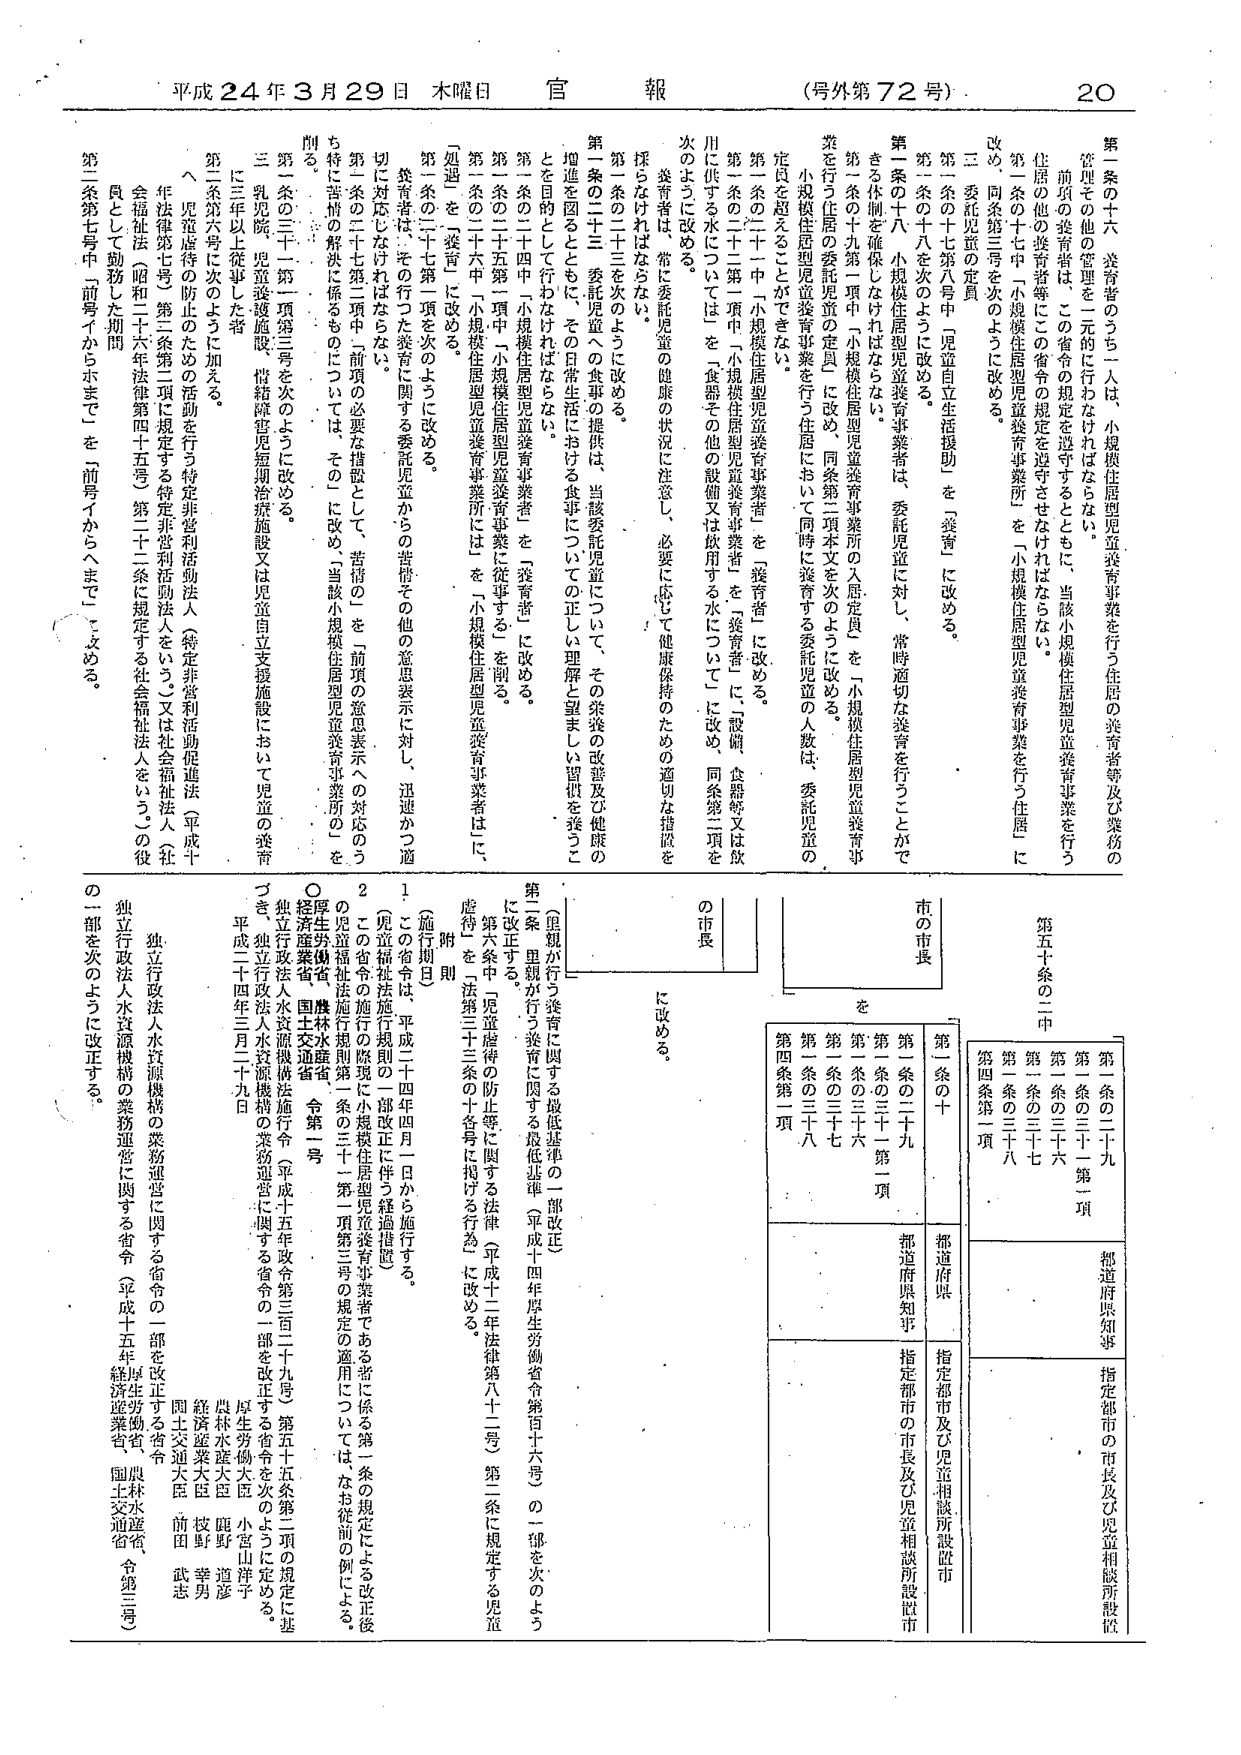
平成24年3月29日 木曜日 官報 （号外第72号） 20

第1条の十六 養育者のうち一人は、小規模住居型児童養育事業を行う住居の養育者等及び業務の管理その他の管理を一元的に行わなければならない。

前項の養育者は、この省令の規定を遵守するとともに、当該小規模住居型児童養育事業を行う住居の他の養育者等にこの省令の規定を遵守させなければならない。

第1条の十七中「小規模住居型児童養育事業所」を「小規模住居型児童養育事業を行う住居」に改め、同条第三号を次のように改める。

三 委託児童の定員

第一条の十七第八号中「児童自立生活援助」を「養育」に改める。

第一条の十八を次のように改める。

第一条の十八 小規模住居型児童養育事業者は、委託児童に対し、常時適切な養育を行うことがで きる体制を確保しなければならない。

第一条の十九第一項中「小規模住居型児童養育事業所の入居定員」を「小規模住居型児童養育事 業を行う住居の委託児童の定員」に改め、同条第二項本文を次のように改める。

小規模住居型児童養育事業を行う住居において同時に養育する委託児童の人数は、委託児童の 定員を超えることができない。

第一条の二十中「小規模住居型児童養育事業者」を「養育者」に改める。

第一条の二十一中「小規模住居型児童養育事業者」を「養育者」に、「設備、食器等又は飲 用に供する水について」を「食器その他の設備又は飲用する水について」に改め、同条第二項を 次のように改める。

養育者は、常に委託児童の健康の状況に注意し、必要に応じて健康保持のための適切な措置を 採らなければならない。

第一条の二十三を次のように改める。

第一条の二十三 委託児童への食事の提供は、当該委託児童について、その栄養の改善及び健康の 増進を図るとともに、その日常生活における食事についての正しい理解と望ましい習慣を養うこ とを目的として行わなければならない。

第一条の二十四中「小規模住居型児童養育事業者」を「養育者」に改める。

第一条の二十五第一項中「小規模住居型児童養育事業に従事する」を削る。

第一条の二十六中「小規模住居型児童養育事業所には」を「小規模住居型児童養育事業者は、に」 改める。

第一条の二十七第一項を次のように改める。

養育者は、その行った養育に関する委託児童からの苦情その他の意思表示に対し、迅速かつ適 切に対応しなければならない。

第七条の二十七第三項中「前項の必要な措置として、苦情の」を「前項の意思表示への対応のう ち特に苦情の解決に係るものについては、その」に改め、「当該小規模住居型児童養育事業所の」を 削る。

第一条の三十第一項第三号を次のように改める。

三 乳児院、児童養護施設、情緒障害児短期治療施設又は児童自立支援施設において児童の養育 に三年以上従事した者

第二条第六号に次のように加える。

ヘ 児童虐待等の防止のための活動を行う特定非営利活動法人（特定非営利活動促進法（平成十 一年法律第7号）第二条第二項に規定する特定非営利活動法人をいう。）又は社会福祉法人（社 会福祉法（昭和二十六年法律第四十五号）第二十二条に規定する社会福祉法人をいう。）の役 員として勤務した期間

第三条第七号中「前号イからホまで」を「前号イからヘまで」に改める。

第五十条の二中

市 の 市 長

を

第1条の二十  都道府県  指定都市の市長及び児童相談所設置市
第1条の二十九  都道府県知事  指定都市の市長及び児童相談所設置市
第1条の三十一第一項  第1条の三十六  第1条の三十七  第1条の三十八  第四条第一項

（里親が行う養育に関する最低基準の一部改正）

第二条 里親が行う養育に関する最低基準（平成十四年厚生労働省令第百十六号）の一部を次のよう に改正する。

第六条中「児童虐待の防止等に関する法律（平成十二年法律第八十二号）第二条に規定する児童 虐待」を「法第三十三条の十号を指摘する行為」に改める。

（施行期日）

1 この省令は、平成二十四年四月一日から施行する。

2 この省令の施行の際現に小規模住居型児童養育事業者である者に係る第一条の規定による改正後 の児童福祉法施行規則第一条の三十一第一項第三号の規定の適用については、なお従前の例による。

○経済産業省、農林水産省、令第二号

厚生労働省、農林水産省、令第二号

独立行政法人水資源機構法施行令（平成十五年政令第三百二十九号）第五十五条第二項の規定に基 づき、独立行政法人水資源機構の業務運営に関する省令の一部を改正する省令を次のように定める。

平成二十四年三月二十九日

厚生労働大臣 小宮山洋子

農林水産大臣 麻生太郎

経済産業大臣 技野幸男

国土交通大臣 前田武志

独立行政法人水資源機構の業務運営に関する省令（平成十五年経済産業省、国土交通省、令第二号） の一部を次のように改正する。